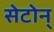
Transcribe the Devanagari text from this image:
सेटोन्